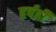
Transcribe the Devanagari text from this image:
हर्पर्ही